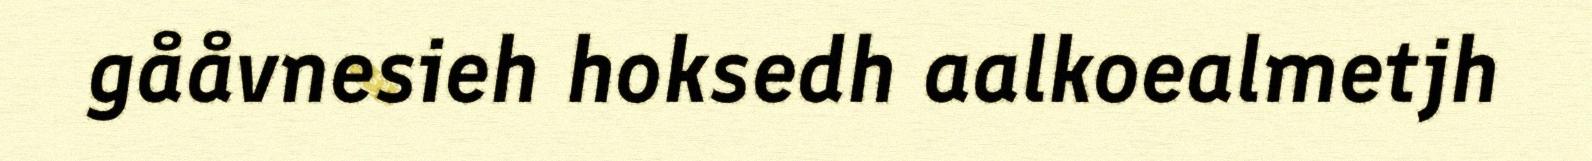
gååvnesieh hoksedh aalkoealmetjh